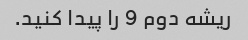
ریشه دوم 9 را پیدا کنید.